Scottish Leaving Certificate Examination, 1952
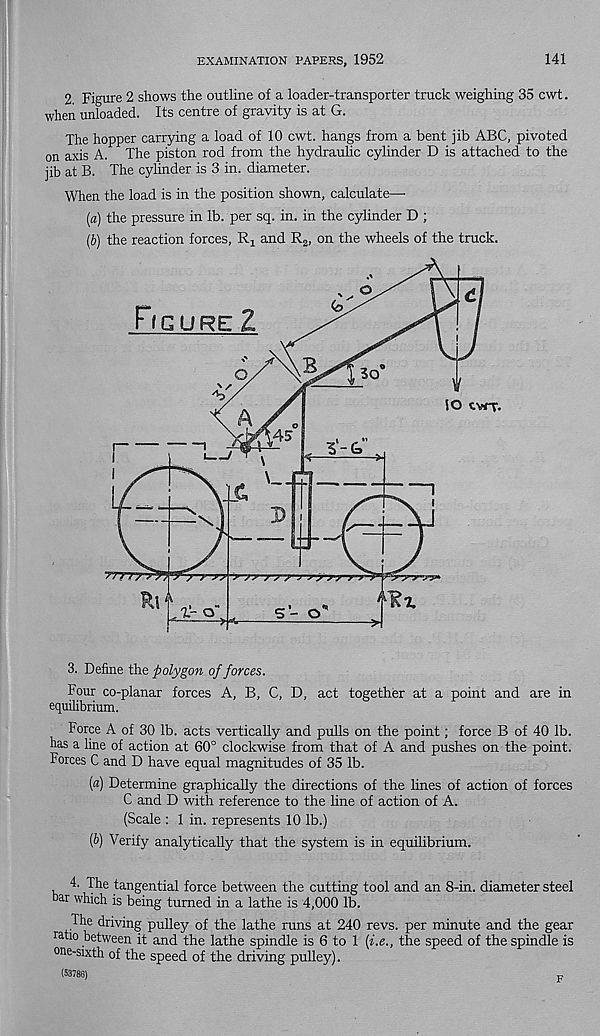
EXAMINATION PAPERS, 1952
141
2 Figure 2 shows the outline of a loader-transporter truck weighing 35 cwt.
when unloaded. Its centre of gravity is at G.
The hopper carrying a load of 10 cwt. hangs from a bent jib ABC, pivoted
on axis A. The piston rod from the hydraulic cylinder D is attached to the
jib at B. The cylinder is 3 in. diameter.
When the load is in the position shown, calculate—
(а) the pressure in lb. per sq. in. in the cylinder D ;
(б) the reaction forces, Rj and R 2 , on the wheels of the truck.
3. Define the polygon of forces.
Four co-planar forces A, B, C, D, act together at a point and are in
equilibrium.
Force A of 30 lb. acts vertically and pulls on the point; force B of 40 lb.
has a line of action at 60° clockwise from that of A and pushes on the point.
Forces C and D have equal magnitudes of 35 lb.
[а) Determine graphically the directions of the lines of action of forces
C and D with reference to the line of action of A.
(Scale : 1 in. represents 10 lb.)
(б) Verify analytically that the system is in equilibrium.
4. The tangential force between the cutting tool and an 8-in. diameter steel
bar which is being turned in a lathe is 4,000 lb.
The driving pulley of the lathe runs at 240 revs, per minute and the gear
ratio between it and the lathe spindle is 6 to 1 {i.e., the speed of the spindle is
one-sixth of the speed of the driving pulley).
(53786)
F